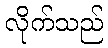
လိုက်သည်